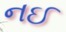
નઈ